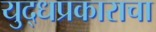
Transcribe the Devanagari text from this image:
युद्धप्रकाराचा